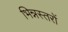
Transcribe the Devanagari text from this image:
भिन्नस्तरों